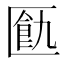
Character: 㔲